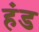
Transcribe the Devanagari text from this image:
हंड